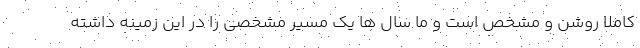
کاملا روشن و مشخص است و ما سال ها یک مسیر مشخصی را در این زمینه داشته